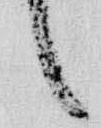
言